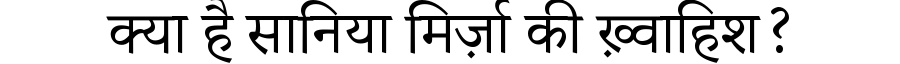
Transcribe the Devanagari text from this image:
क्या है सानिया मिर्ज़ा की ख़्वाहिश?